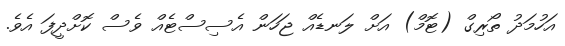
އަހުމަދު ތޯރިގް (ޓޮމް) އަށް ލަނޑެއް ޖަހަން އެސިސްޓެއް ވެސް ކޮށްދީފަ އެވެ.